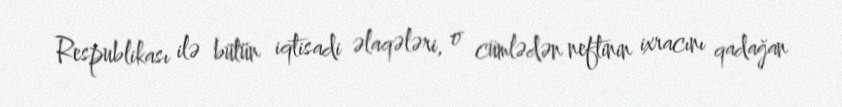
Respublikası ilə bütün iqtisadi əlaqələri, o cümlədən neftinin ixracını qadağan